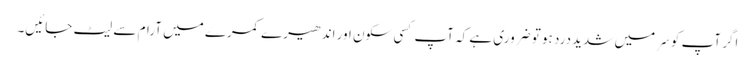
اگر آپ کو سَر میں شدید درد ہو تو ضروری ہے کہ آپ کسی سکون اور اندھیرے کمرے میں آرام سے لیٹ جائیں۔